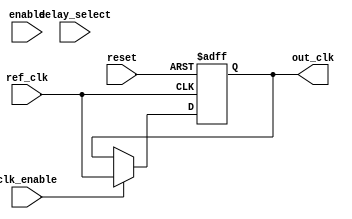
module dll(
    input wire ref_clk,            // Reference Clock
    output reg out_clk,            // Output Clock
    input wire reset,              // Reset Signal
    input wire enable,             // Enable for DLL
    input wire [3:0] delay_select, // Select delay levels stored in memory blocks
    input wire clk_enable          // Clock enable signal for DLL operation
);
    
    // Parameters
    parameter DELAY_STAGES = 16;    // Number of delay stages
    parameter MAX_DELAY_VALUE = 15;  // Maximum delay value
    parameter TOLERANCE = 2;         // Phase Tolerance for locking

    // Declare the memory blocks to hold delay values
    reg [1:0] delay_mem [0:MAX_DELAY_VALUE]; // Memory for delay values
    
    // Internal Signals
    reg [3:0] current_delay;          // Current delay setting
    reg [1:0] current_avg_delay;      // Average delay to fine tune
    reg phase_error;                  // Phase error signal

    // Phase Detector
    always @(posedge ref_clk or posedge reset) begin
        if (reset) begin
            current_delay <= 0;
            phase_error <= 0;
        end else if (enable) begin
            // Simple phase detection logic
            // Simulating phase error detection by comparing output clk with reference clk
            if (out_clk === 1'b1 && ref_clk === 1'b0) begin
                phase_error <= 1;  // Output clock lags
            end else if (out_clk === 1'b0 && ref_clk === 1'b1) begin
                phase_error <= -1; // Output clock leads
            end else begin
                phase_error <= 0;   // No phase error
            end
        end
    end

    // Control Logic to adjust delay values based on phase error
    always @(posedge ref_clk or posedge reset) begin
        if (reset) begin
            current_delay <= 0; // Reset delay to zero upon reset
        end else if (enable) begin
            if (phase_error == 1 && current_delay < MAX_DELAY_VALUE) begin
                current_delay <= current_delay + 1; // Increase delay
            end else if (phase_error == -1 && current_delay > 0) begin
                current_delay <= current_delay - 1; // Decrease delay
            end
        end
    end

    // Delay Line Implementation (using simple behavior)
    always @(posedge ref_clk or posedge reset) begin
        if (reset) begin
            out_clk <= 0; // Reset output clock
        end else if (clk_enable) begin
            // Create the output clock signal with delay using memory blocks
            if (current_delay > 0) begin
                // Simulating the delay by shifting based on current delay selected
                out_clk <= #(current_delay) ref_clk; 
            end else begin
                out_clk <= ref_clk; // No delay
            end
        end
    end

endmodule